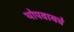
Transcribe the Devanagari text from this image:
थोपवायचे